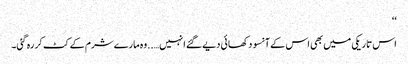
‘‘
اس تاریکی میں بھی اس کے آنسو دکھائی دیے گئے انہیں…..وہ مارے شرم کے کٹ کر رہ گئی۔